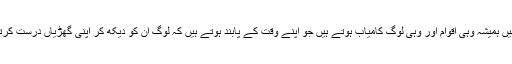
یاد رکھیں ہمیشہ وہی اقوام اور وہی لوگ کامیاب ہوتے ہیں جو اپنے وقت کے پابند ہوتے ہیں کہ لوگ ان کو دیکھ کر اپنی گھڑیاں درست کرتے ہیں۔